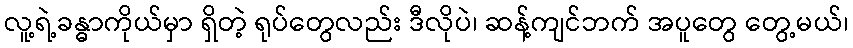
လူ့ရဲ့ခန္ဓာကိုယ်မှာ ရှိတဲ့ ရုပ်တွေလည်း ဒီလိုပဲ၊ ဆန့်ကျင်ဘက် အပူတွေ တွေ့မယ်၊